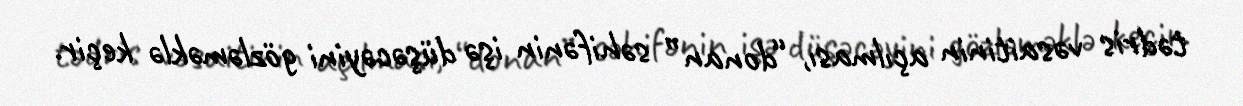
tədris vəsaitinin açılması, “donan” səhifənin işə düşəcəyini gözləməklə keçir.